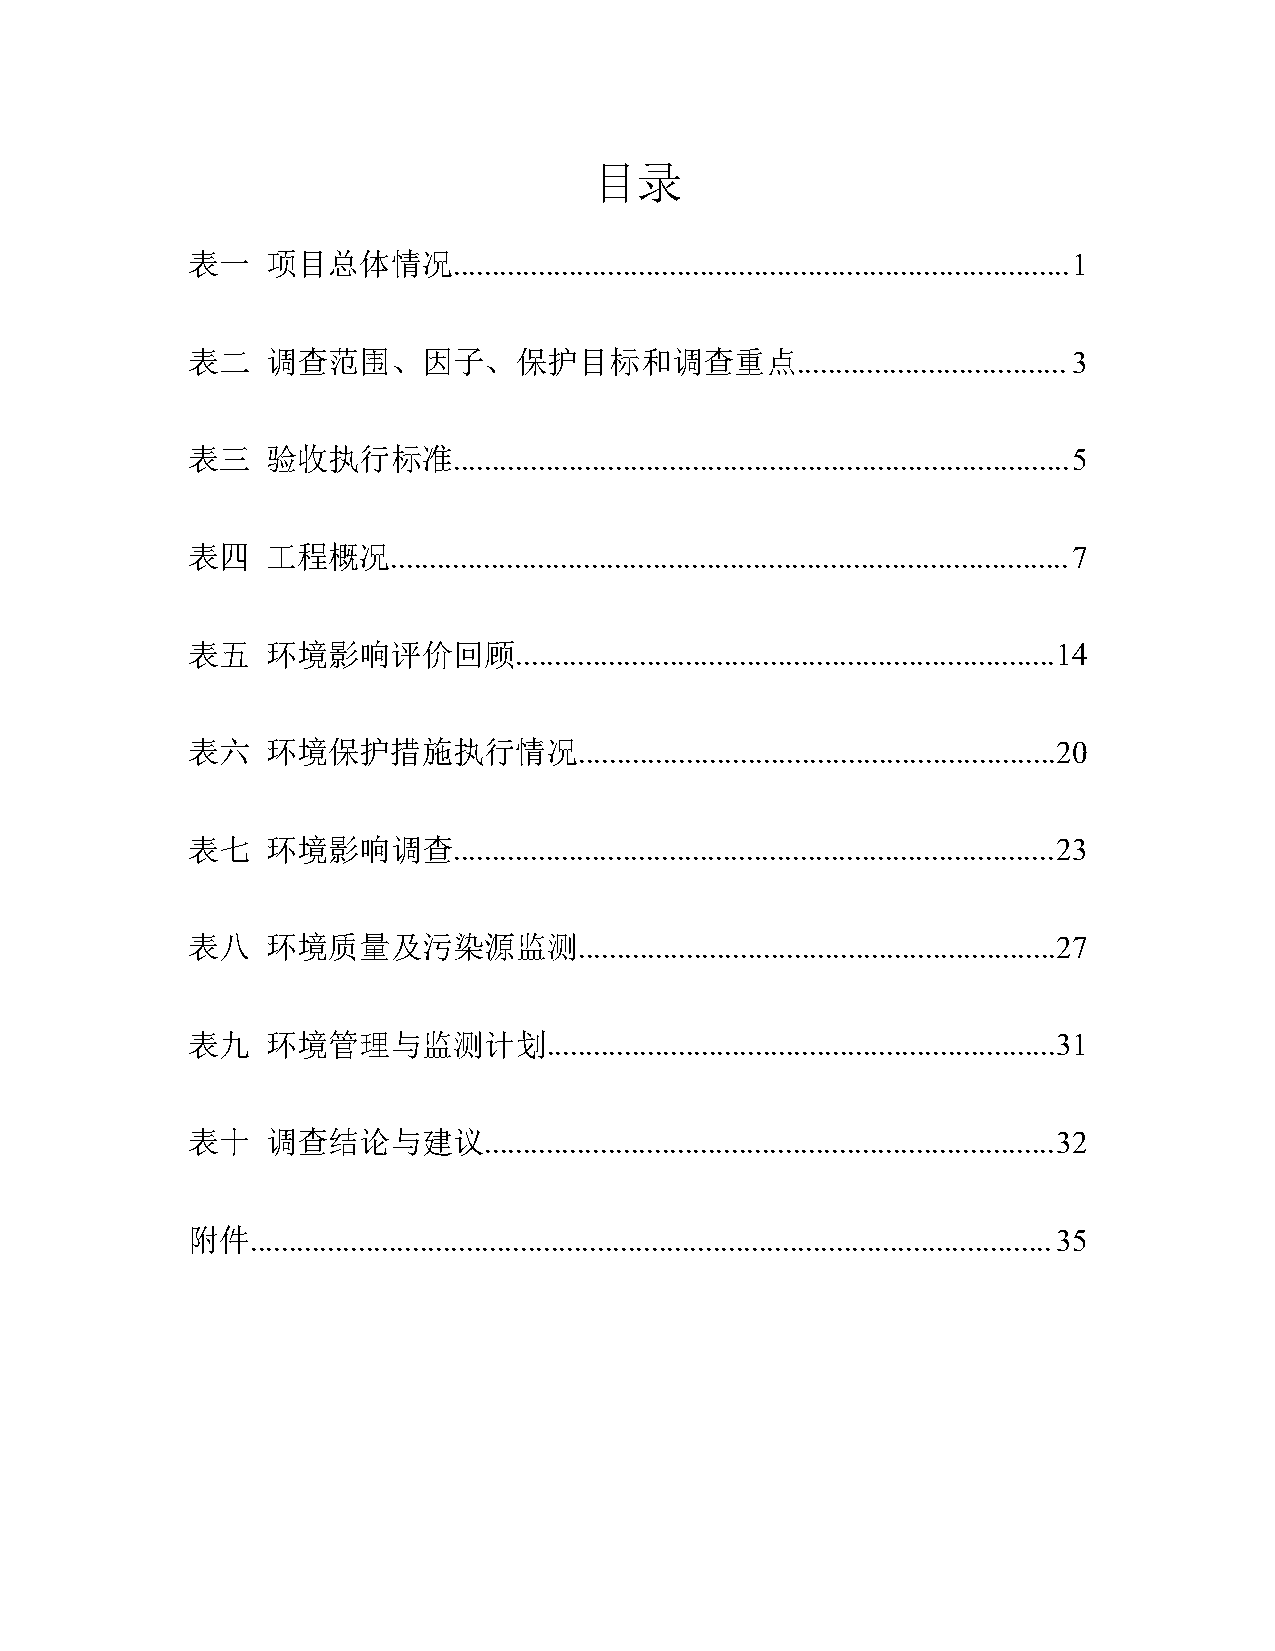
目录
 表一    项目总体情况................................................................................1
 表二    调查范围、因子、保护目标和调查重点...................................3
 表三    验收执行标准................................................................................5
 表四    工程概况........................................................................................7
 表五    环境影响评价回顾......................................................................14
 表六    环境保护措施执行情况..............................................................20
 表七    环境影响调查..............................................................................23
 表八    环境质量及污染源监测..............................................................27
 表九    环境管理与监测计划..................................................................31
 表十    调查结论与建议..........................................................................32
 附件........................................................................................................35